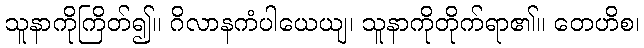
သူနာကိုကြိတ်၍။ ဂိလာနကံပါယေယျ၊ သူနာကိုတိုက်ရာ၏။ တေဟိစ၊